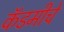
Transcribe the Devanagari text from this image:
कॅडमीचे